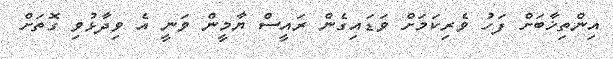
އިންތިޚާބަށް ފަހު ވެރިކަމަށް ވަޑައިގެން ރައީސް ޔާމީން ވަނީ އެ ވިދާޅުވި ގޮތަށް